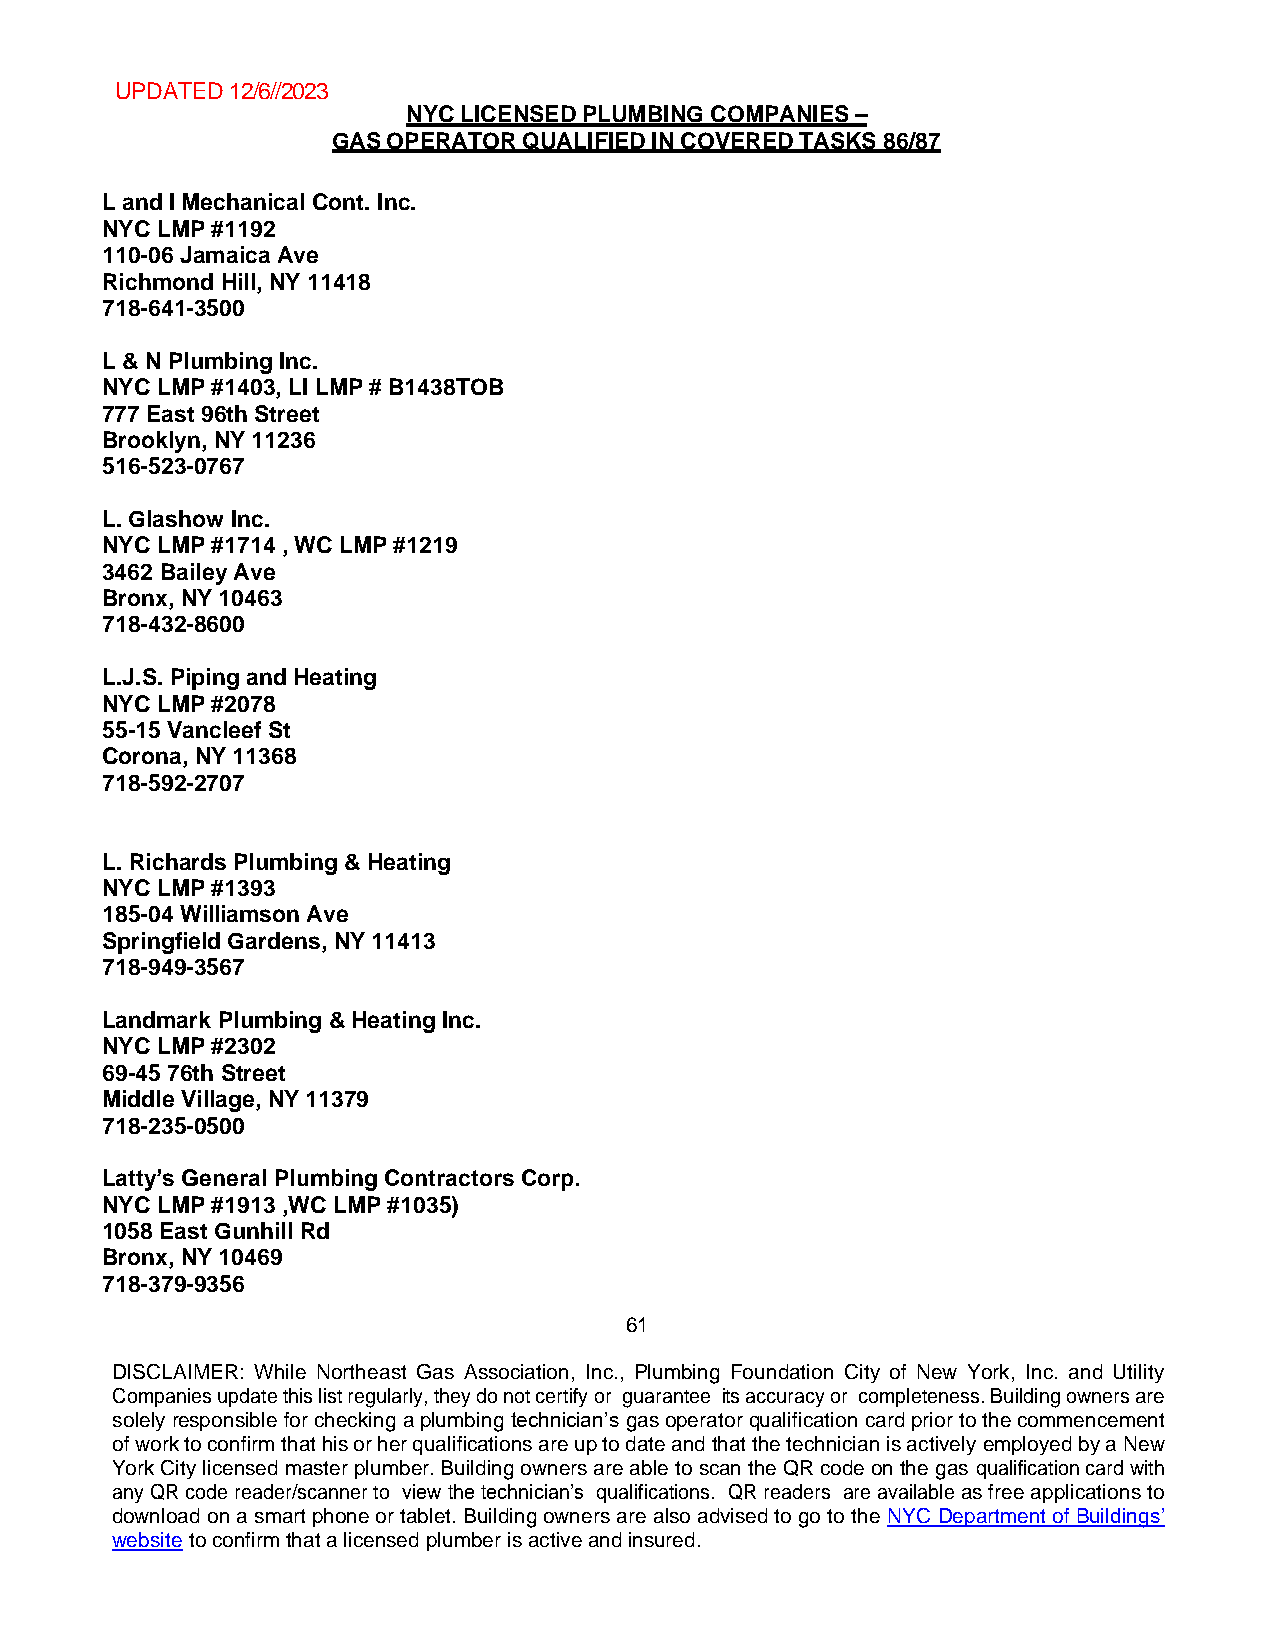
UPDATED 12/6//2023
 NYC LICENSED PLUMBING COMPANIES –
 GAS OPERATOR QUALIFIED IN COVERED TASKS 86/87
 L and I Mechanical Cont. Inc.
 NYC LMP #1192
 110-06 Jamaica Ave
 Richmond Hill, NY 11418
 718-641-3500
 L & N Plumbing Inc.
 NYC LMP #1403, LI LMP # B1438TOB
 777 East 96th Street
 Brooklyn, NY 11236
 516-523-0767
 L. Glashow Inc.
 NYC LMP #1714 , WC LMP #1219
 3462 Bailey Ave
 Bronx, NY 10463
 718-432-8600
 L.J.S. Piping and Heating
 NYC LMP #2078
 55-15 Vancleef St
 Corona, NY 11368
 718-592-2707
 L. Richards Plumbing & Heating
 NYC LMP #1393
 185-04 Williamson Ave
 Springfield Gardens, NY 11413
 718-949-3567
 Landmark Plumbing & Heating Inc.
 NYC LMP #2302
 69-45 76th Street
 Middle Village, NY 11379
 718-235-0500
 Latty’s General Plumbing Contractors Corp.
 NYC LMP #1913 ,WC LMP #1035)
 1058 East Gunhill Rd
 Bronx, NY 10469
 718-379-9356
 61
 DISCLAIMER: While Northeast Gas Association, Inc., Plumbing Foundation City of New York, Inc. and Utility
 Companies update this list regularly, they do not certify or guarantee its accuracy or completeness. Building owners are
 solely responsible for checking a plumbing technician’s gas operator qualification card prior to the commencement
 of work to confirm that his or her qualifications are up to date and that the technician is actively employed by a New
 York City licensed master plumber. Building owners are able to scan the QR code on the gas qualification card with
 any QR code reader/scanner to view the technician’s qualifications. QR readers are available as free applications to
 download on a smart phone or tablet. Building owners are also advised to go to the NYC Department of Buildings’
 website to confirm that a licensed plumber is active and insured.